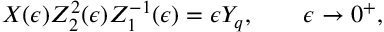
X ( \epsilon ) Z _ { 2 } ^ { 2 } ( \epsilon ) Z _ { 1 } ^ { - 1 } ( \epsilon ) = \epsilon Y _ { q } , \qquad \epsilon \rightarrow 0 ^ { + } ,